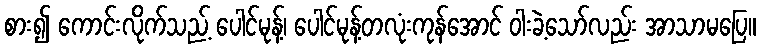
စား၍ ကောင်းလိုက်သည့် ပေါင်မုန့်၊ ပေါင်မုန့်တလုံးကုန်အောင် ဝါးခဲ့သော်လည်း အာသာမပြေ။